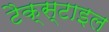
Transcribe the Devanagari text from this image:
टैक्स्टाइल